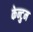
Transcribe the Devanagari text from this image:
केन्टुम